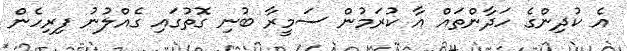
އެ ކުދިންގެ ހަދާންތައް އާ ކުރަމުން ސަމީރާ ބުނި ގޮތުގައި ގެއްލުނު ފިރިހެން